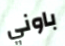
باوني